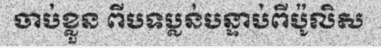
ចាប់ខ្លួន ពីបទប្លន់បន្ទាប់ពីប៉ូលិស